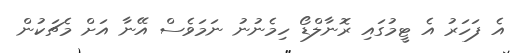
އެ ފަހަރު އެ ޓީމުގައި ރޮނާލްޑޯ ހިމެނުނު ނަމަވެސް އޭނާ އަށް މެޗަކުން